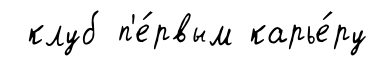
клуб п'е́рвым карье́ру